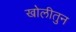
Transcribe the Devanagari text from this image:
खोलीतुन